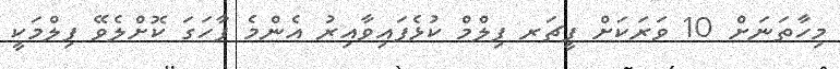
މިހާތަނަށް 10 ވަރަކަށް ފީޗަރ ފިލްމް ކުޅެފައިވާއިރު އެންމެ ފާހަގަ ކޮށްލެވޭ ފިލްމަކީ